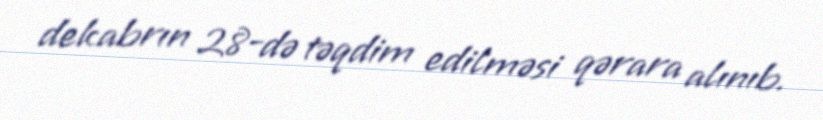
dekabrın 28-də təqdim edilməsi qərara alınıb.